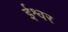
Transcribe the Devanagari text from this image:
र्इश्वर